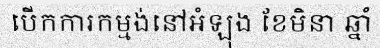
បើកការកម្មង់នៅអំឡុង ខែមិនា ឆ្នាំ